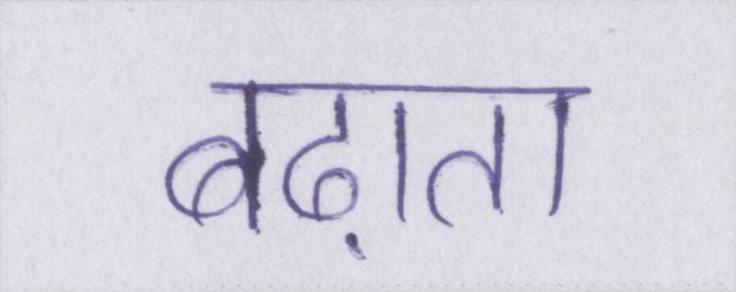
बढ़ाता